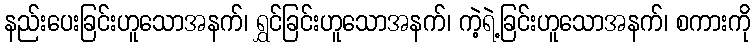
နည်းပေးခြင်းဟူသောအနက်၊ ရွှင်ခြင်းဟူသောအနက်၊ ကဲ့ရဲ့ခြင်းဟူသောအနက်၊ စကားကို